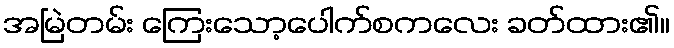
အမြဲတမ်း ကြေးသော့ပေါက်စကလေး ခတ်ထား၏။